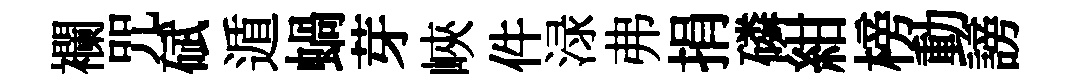
襴咒碔遁蝸芽峽件渌弗捐磷紺榜動謗